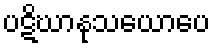
ပဋိဃာနုသယောပေ